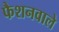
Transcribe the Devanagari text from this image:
फैशनवाले